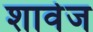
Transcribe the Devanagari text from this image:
शावेज